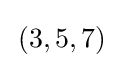
\,(3,5,7)